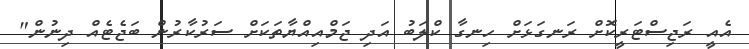
އެއީ ރަޖިސްޓަރީކޮށް ރަނގަޅަށް ހިނގާ ކްލަބު އަދި ޖަމްއިއްޔާތަކަށް ސަރުކާރުން ބަޖެޓެއް ދިނުން"